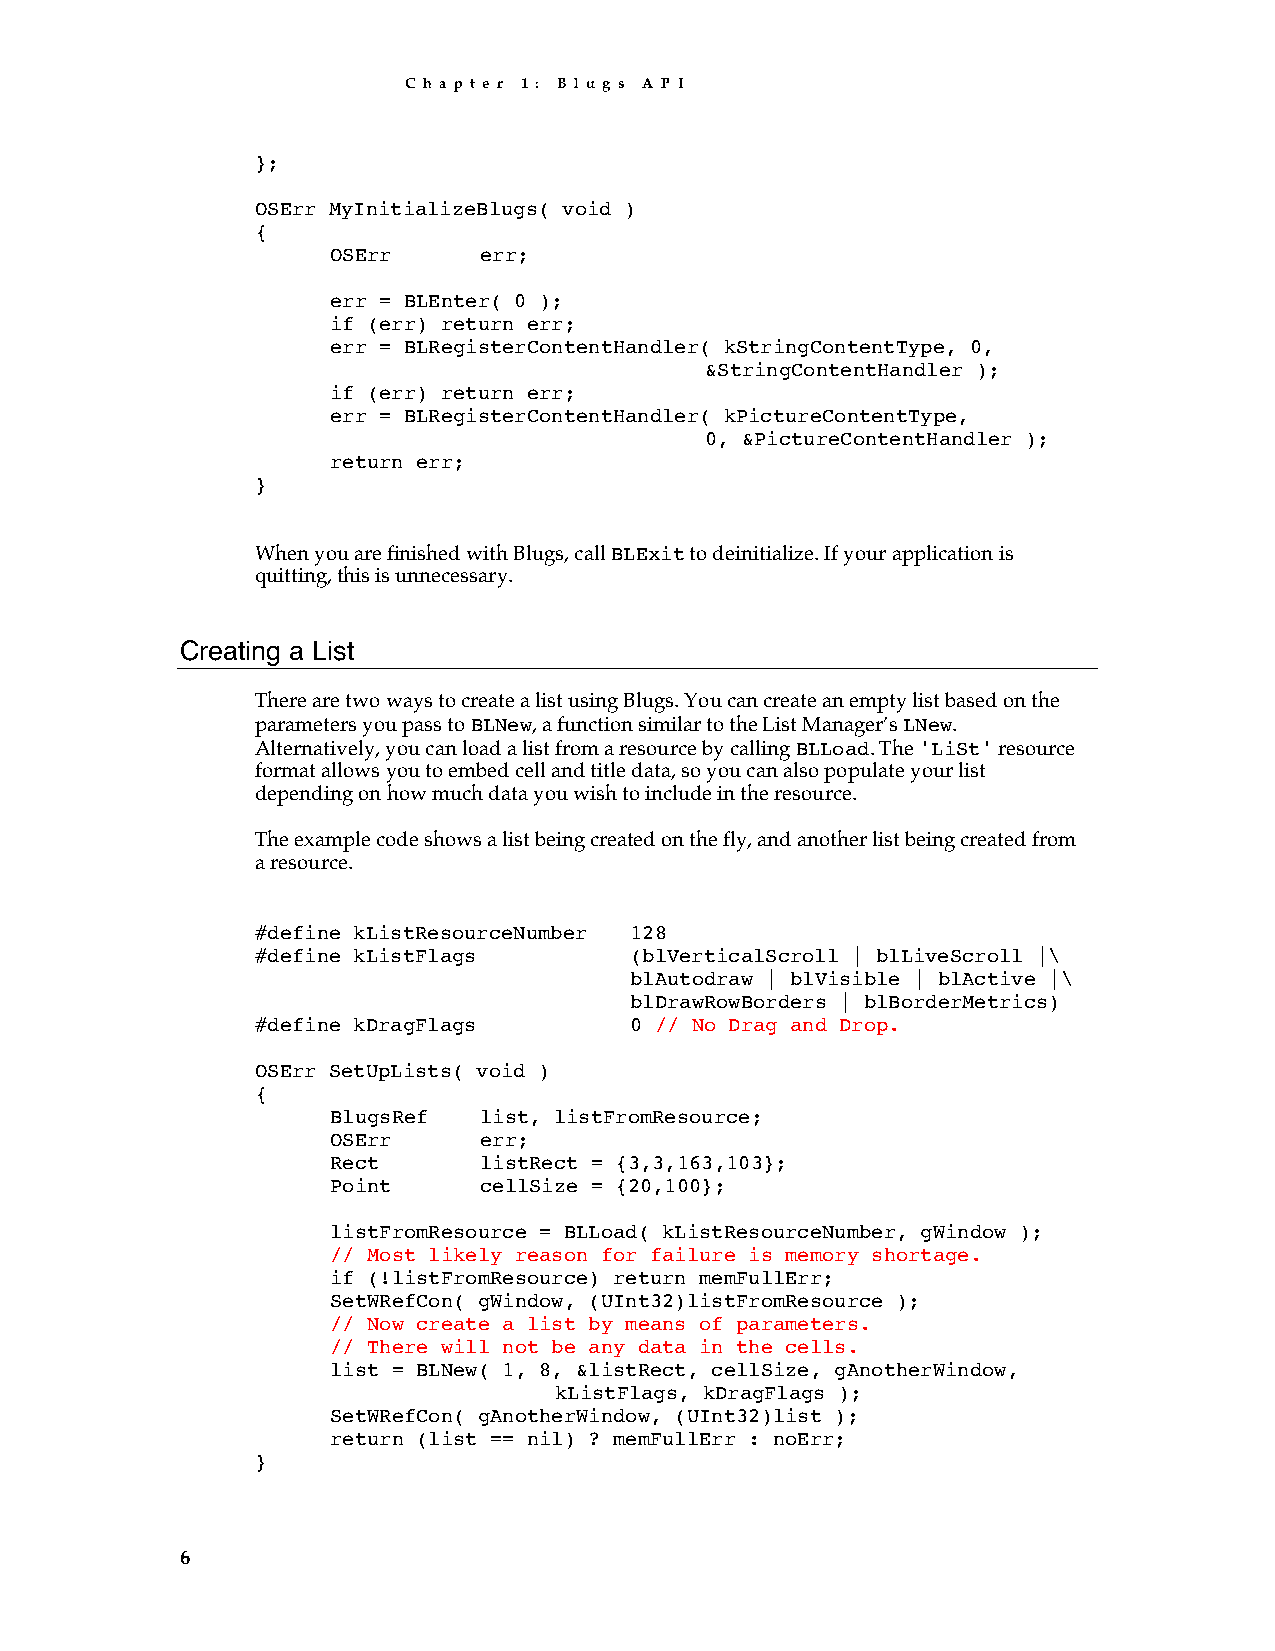
C h a p t e r 1 : B l u g s A P I
 };
 OSErr MyInitializeBlugs( void )
 {
 OSErr     err;
 err = BLEnter( 0 );
 if (err) return err;
 err = BLRegisterContentHandler( kStringContentType, 0,
 &StringContentHandler );
 if (err) return err;
 err = BLRegisterContentHandler( kPictureContentType,
 0, &PictureContentHandler );
 return err;
 }
 When you are finished with Blugs, call BLExit to deinitialize. If your application is
 quitting, this is unnecessary.
 Creating a List
 There are two ways to create a list using Blugs. You can create an empty list based on the
 parameters you pass to BLNew, a function similar to the List Manager’s LNew.
 Alternatively, you can load a list from a resource by calling BLLoad. The 'LiSt' resource
 format allows you to embed cell and title data, so you can also populate your list
 depending on how much data you wish to include in the resource.
 The example code shows a list being created on the fly, and another list being created from
 a resource.
 #define kListResourceNumber 128
 #define kListFlags       (blVerticalScroll | blLiveScroll |\
 blAutodraw | blVisible | blActive |\
 blDrawRowBorders | blBorderMetrics)
 #define kDragFlags       0 // No Drag and Drop.
 OSErr SetUpLists( void )
 {
 BlugsRef  list, listFromResource;
 OSErr     err;
 Rect      listRect = {3,3,163,103};
 Point     cellSize = {20,100};
 listFromResource = BLLoad( kListResourceNumber, gWindow );
 // Most likely reason for failure is memory shortage.
 if (!listFromResource) return memFullErr;
 SetWRefCon( gWindow, (UInt32)listFromResource );
 // Now create a list by means of parameters.
 // There will not be any data in the cells.
 list = BLNew( 1, 8, &listRect, cellSize, gAnotherWindow,
 kListFlags, kDragFlags );
 SetWRefCon( gAnotherWindow, (UInt32)list );
 return (list == nil) ? memFullErr : noErr;
 }
 6